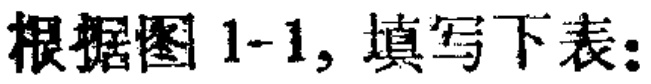
根据图 1-1, 填写下表: